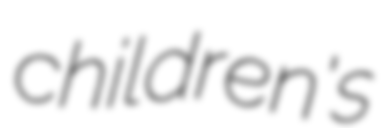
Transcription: children's